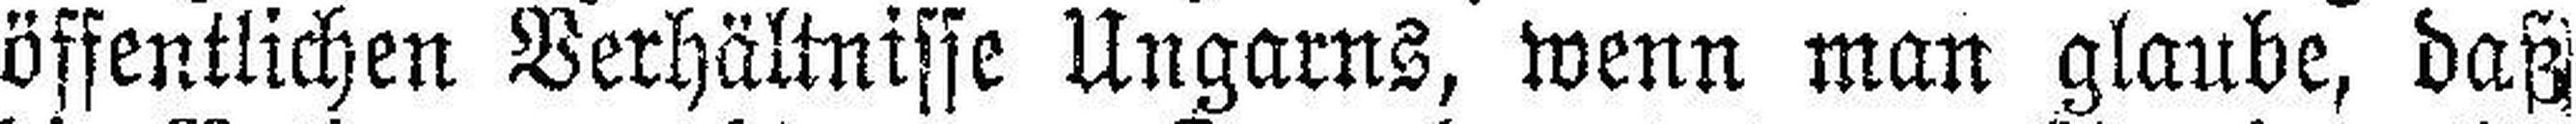
öffentlichen Verhältnisse Ungarns, wenn man glaube, daß